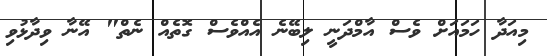
މިއަދާ ހަމައަށް ވެސް އާމްދަނީ ލިބޭނެ އެއްވެސް ގޮތެއް ނެތް" އޭނާ ވިދާޅުވި